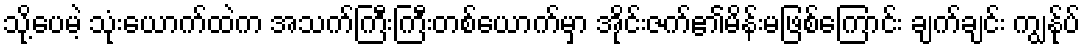
သို့ပေမဲ့ သုံးယောက်ထဲက အသက်ကြီးကြီးတစ်ယောက်မှာ အိုင်းဇက်၏မိန်းမဖြစ်ကြောင်း ချက်ချင်း ကျွန်ုပ်